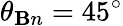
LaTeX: \theta_{\mathbf{B}n}=45^{\circ}